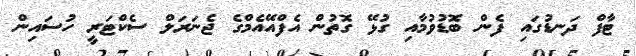
ޓާފް ދަނޑުގައި ފެން ބޮޑުވުމާއި ގުޅޭ ގޮތުން އެފްއޭއެމްގެ ޖެނަރަލް ސެކްޓަރީ ހުސައިން